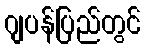
ဂျပန်ပြည်တွင်